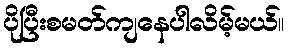
ပိုပြီးစမတ်ကျနေပါလိမ့်မယ်။